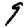
Digit: 9